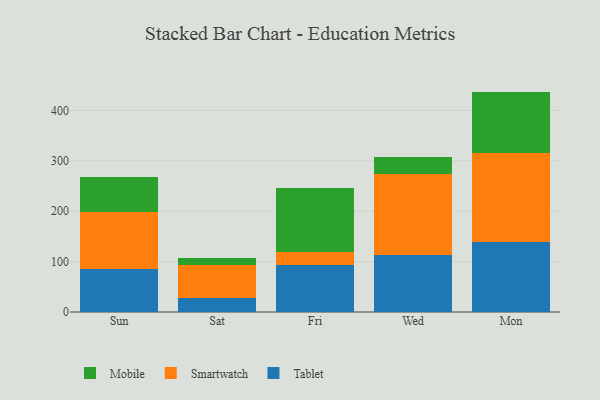
{"axis": {"x": "Day", "y": "Demand Index"}, "legend": ["Mobile", "Smartwatch", "Tablet"], "data": [{"x": "Sun", "y": 86.0, "type": "Tablet"}, {"x": "Sun", "y": 112.8, "type": "Smartwatch"}, {"x": "Sun", "y": 69.8, "type": "Mobile"}, {"x": "Sat", "y": 27.5, "type": "Tablet"}, {"x": "Sat", "y": 65.1, "type": "Smartwatch"}, {"x": "Sat", "y": 14.1, "type": "Mobile"}, {"x": "Fri", "y": 93.1, "type": "Tablet"}, {"x": "Fri", "y": 25.9, "type": "Smartwatch"}, {"x": "Fri", "y": 128.0, "type": "Mobile"}, {"x": "Wed", "y": 113.6, "type": "Tablet"}, {"x": "Wed", "y": 161.1, "type": "Smartwatch"}, {"x": "Wed", "y": 33.4, "type": "Mobile"}, {"x": "Mon", "y": 138.3, "type": "Tablet"}, {"x": "Mon", "y": 177.8, "type": "Smartwatch"}, {"x": "Mon", "y": 121.4, "type": "Mobile"}]}